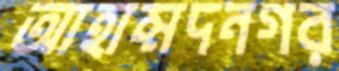
আহাম্মদনগর